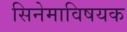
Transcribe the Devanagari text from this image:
सिनेमाविषयक